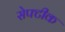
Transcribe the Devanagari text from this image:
सेफ्टीक